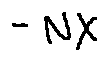
- N X